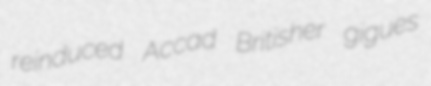
reinduced Accad Britisher gigues